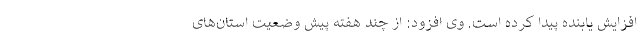
افزایش یابنده پیدا کرده است. وی افزود: از چند هفته پیش وضعیت استان‌های